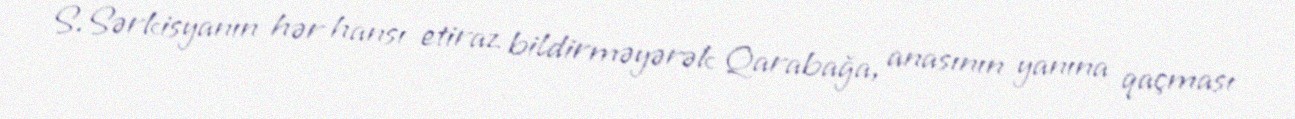
S.Sərkisyanın hər hansı etiraz bildirməyərək Qarabağa, anasının yanına qaçması